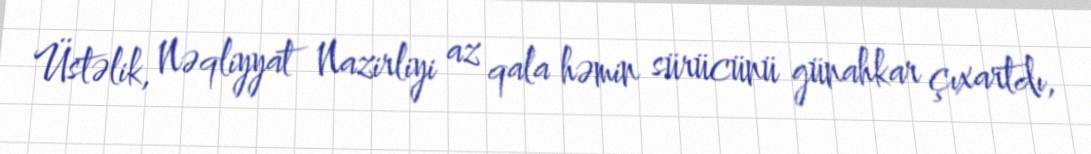
Üstəlik, Nəqliyyat Nazirliyi az qala həmin sürücünü günahkar çıxartdı,